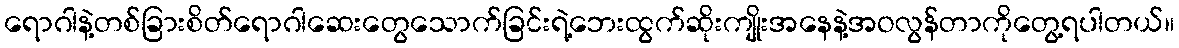
ရောဂါနဲ့တစ်ခြားစိတ်ရောဂါဆေးတွေသောက်ခြင်းရဲ့ဘေးထွက်ဆိုးကျိုးအနေနဲ့အဝလွန်တာကိုတွေ့ရပါတယ်။